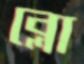
ব্লো